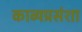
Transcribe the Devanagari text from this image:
काव्यप्रसंशा